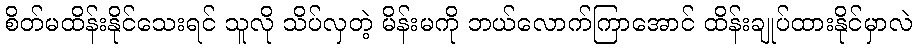
စိတ်မထိန်းနိုင်သေးရင် သူလို သိပ်လှတဲ့ မိန်းမကို ဘယ်လောက်ကြာအောင် ထိန်းချုပ်ထားနိုင်မှာလဲ